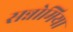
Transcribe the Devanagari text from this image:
सन्नोमिया